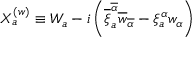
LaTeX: X _ { a } ^ { ( w ) } \equiv W _ { a } - i \left( \overline { { { \xi } } } _ { a } ^ { \overline { { { \alpha } } } } \overline { { { w } } } _ { \overline { { { \alpha } } } } - \xi _ { a } ^ { \alpha } w _ { \alpha } \right)